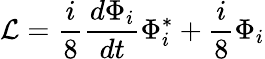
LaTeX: {\cal{L}}=\frac{i}{8}\frac{d\Phi_{i}}{dt}\Phi_{i}^{*}+\frac{i}{8}\Phi_{i}